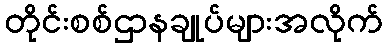
တိုင်းစစ်ဌာနချုပ်များအလိုက်